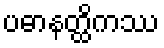
ပဓာနတ္ထိကဿ